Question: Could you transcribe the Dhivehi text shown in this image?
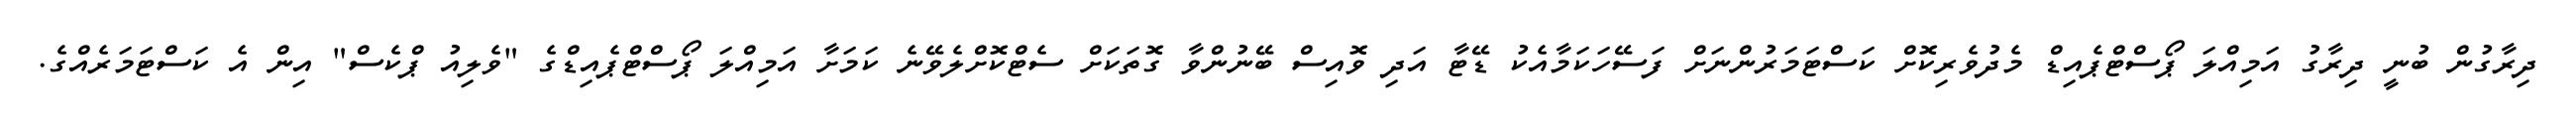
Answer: ދިރާގުން ބުނީ ދިރާގު އަމިއްލަ ޕޯސްޓްޕެއިޑް މެދުވެރިކޮށް ކަސްޓަމަރުންނަށް ފަސޭހަކަމާއެކު ޑޭޓާ އަދި ވޮއިސް ބޭނުންވާ ގޮތަކަށް ސެޓްކޮށްލެވޭނެ ކަމަށާ އަމިއްލަ ޕޯސްޓްޕެއިޑްގެ "ވެލިއު ޕްކެސް" އިން އެ ކަސްޓަމަރެއްގެ.